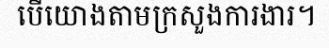
បើយោងតាមក្រសួងការងារ។